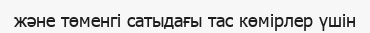
және төменгі сатыдағы тас көмірлер үшін